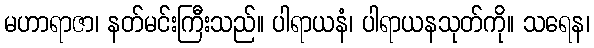
မဟာရာဇာ၊ နတ်မင်းကြီးသည်။ ပါရာယနံ၊ ပါရာယနသုတ်ကို။ သရေန၊